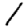
Digit: 1